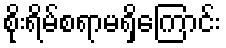
စိုးရိမ်စရာမရှိကြောင်း